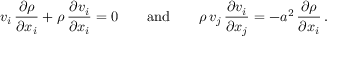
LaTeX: v _ { i } \, { \frac { \partial \rho } { \partial x _ { i } } } + \rho \, { \frac { \partial v _ { i } } { \partial x _ { i } } } = 0 \qquad { \mathrm { a n d } } \qquad \rho \, v _ { j } \, { \frac { \partial v _ { i } } { \partial x _ { j } } } = - a ^ { 2 } \, { \frac { \partial \rho } { \partial x _ { i } } } \, .